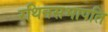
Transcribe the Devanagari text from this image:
रथिनसभापति